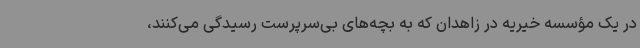
در یک مؤسسه خیریه در زاهدان که به بچه‌های بی‌سرپرست رسیدگی می‌کنند،